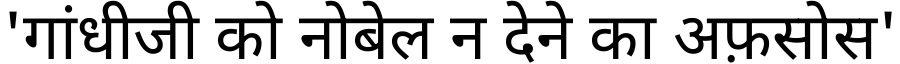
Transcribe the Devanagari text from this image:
'गांधीजी को नोबेल न देने का अफ़सोस'